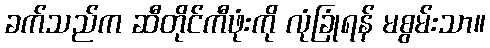
ခက်သည်က ဆီတိုင်ကီဖုံးကို လုံခြုံရန် မစွမ်းသာ။